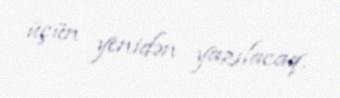
üçün yenidən yazılacaq.